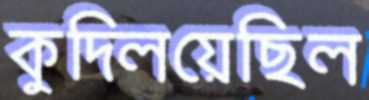
কুদ্‌লিয়েছিল